King Institute of Preventive Medicine Micro-Biological Section reports 1912-19
Year: 1912
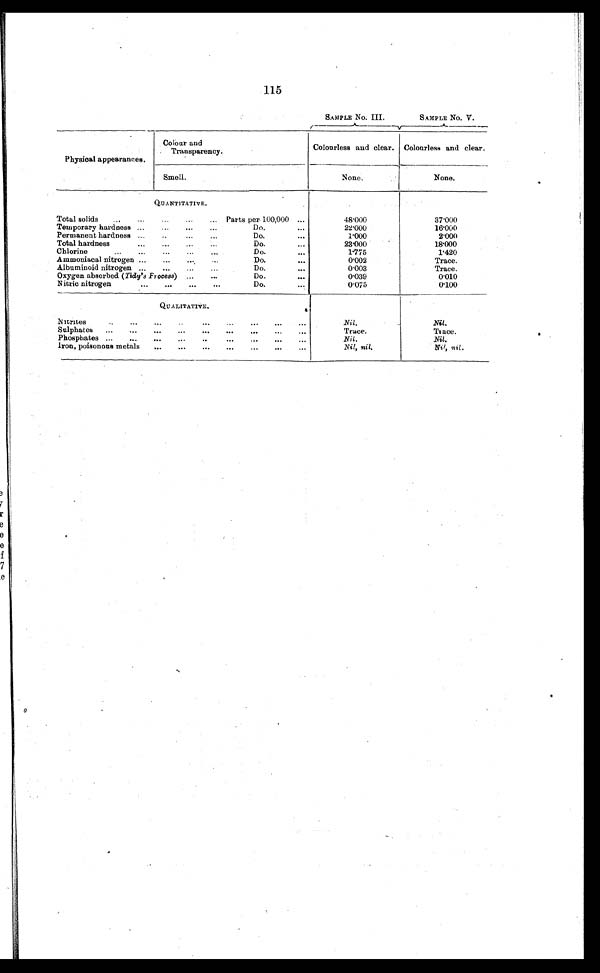
115
SAMPLE No. III.
SAMPLE No. V.
Physical appearances.
Colour and
Transparency.
Colourless and clear. Colourless and clear.
Smell.
None.
None.
QUANTITATIVE.
Total solids
Parts per 100,000
48.000
37.000
Temporary hardness
Do
2 2 . 0 0 0
16.000
Permanent hardness
Do.
1.000
2.000
Total hardness
Do.
23.000
18.000
Chlorine
Do.
1.775
1.420
Ammoniacal nitrogen
Do.
0.002
Trace.
Albuminoid nitrogen
Do.
0.003
Trace.
Oxygen absorbed ( Tidy's Process)
Do.
0.039
0.010
Nitric nitrogen
Do.
0.075
0.100
QUALITATIVE.
Nitrites
Nil .
Nil.
Sulphates
Trace.
Trace.
Phosphates
Nil .
Nil.
Iron, poisonous metals
Nil, nil.
Nil, nil .